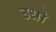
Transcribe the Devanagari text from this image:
उधो